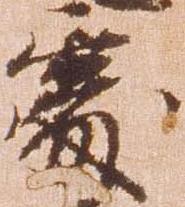
処